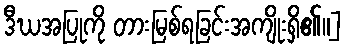
ဒီဃအပြုကို တားမြစ်ရခြင်းအကျိုးရှိ၏။]